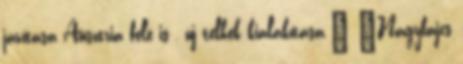
javítása Ausztria felé is , új telkek kialakítása.” ▪Nagybajcs